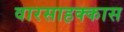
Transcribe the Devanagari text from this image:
वारसाहक्कास